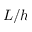
L / h